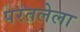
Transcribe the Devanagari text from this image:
परतलेला